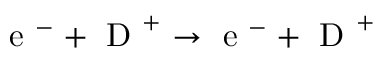
\mathrm { ~ e ~ } ^ { - } + \mathrm { ~ D ~ } ^ { + } \rightarrow \mathrm { ~ e ~ } ^ { - } + \mathrm { ~ D ~ } ^ { + }